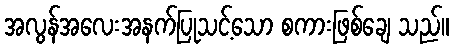
အလွန်အလေးအနက်ပြုသင့်သော စကားဖြစ်ချေ သည်။